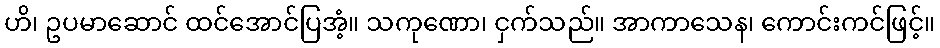
ဟိ၊ ဥပမာဆောင် ထင်အောင်ပြအံ့။ သကုဏော၊ ငှက်သည်။ အာကာသေန၊ ကောင်းကင်ဖြင့်။